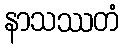
နာသဿတံ